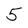
Character: 5